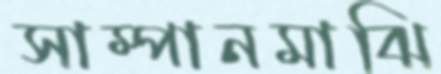
সাম্পানমাঝি